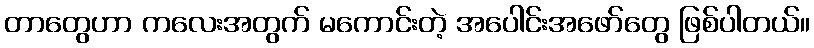
တာတွေဟာ ကလေးအတွက် မကောင်းတဲ့ အပေါင်းအဖော်တွေ ဖြစ်ပါတယ်။